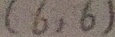
( 6 , 6 )